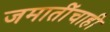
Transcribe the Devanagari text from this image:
जमातींचाही